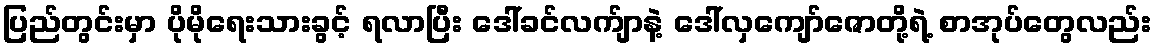
ပြည်တွင်းမှာ ပိုမိုရေးသားခွင့် ရလာပြီး ဒေါ်ခင်လက်ျာနဲ့ ဒေါ်လှကျော်ဇောတို့ရဲ့ စာအုပ်တွေလည်း